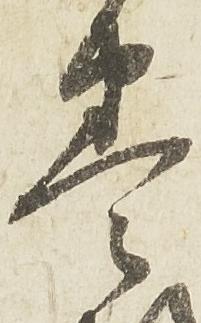
巻